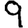
Digit: 9